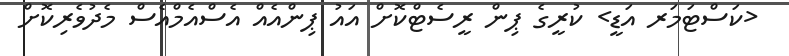
<ކަސްޓަމަރ އަޑީ> ކުރީގެ ޕިން ރީސެޓްކޮށް އައު ޕިންއެއް އެސްއެމްއެސް މެދުވެރިކޮށް